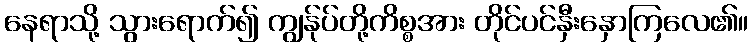
နေရာသို့ သွားရောက်၍ ကျွန်ုပ်တို့ကိစ္စအား တိုင်ပင်နှီးနှောကြလေ၏။